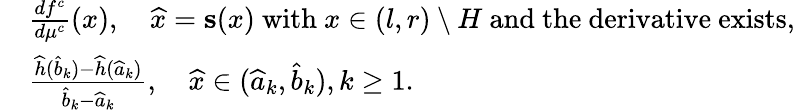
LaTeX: \begin{array}{rl}&{\frac{df^{c}}{d\mu^{c}}(x),\quad\widehat{x}=\mathbf{s}(x)\mathrm{~with~}x\in(l,r)\setminus H\mathrm{~and~the~derivative~exists},}\\ &{\frac{\widehat{h}(\widehat b_{k})-\widehat{h}(\widehat a_{k})}{\widehat{b}_{k}-\widehat{a}_{k}},\quad\widehat{x}\in(\widehat{a}_{k},\widehat{b}_{k}),k\geq 1.}\end{array}